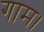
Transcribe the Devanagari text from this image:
गाम।